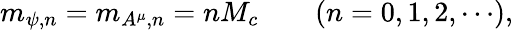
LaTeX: m_{\psi,n}=m_{A^{\mu},n}=nM_{c}\qquad(n=0,1,2,\cdots),